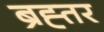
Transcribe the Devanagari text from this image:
ब्रह्तर